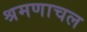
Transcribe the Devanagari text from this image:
श्रमणाचल